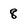
Character: 8